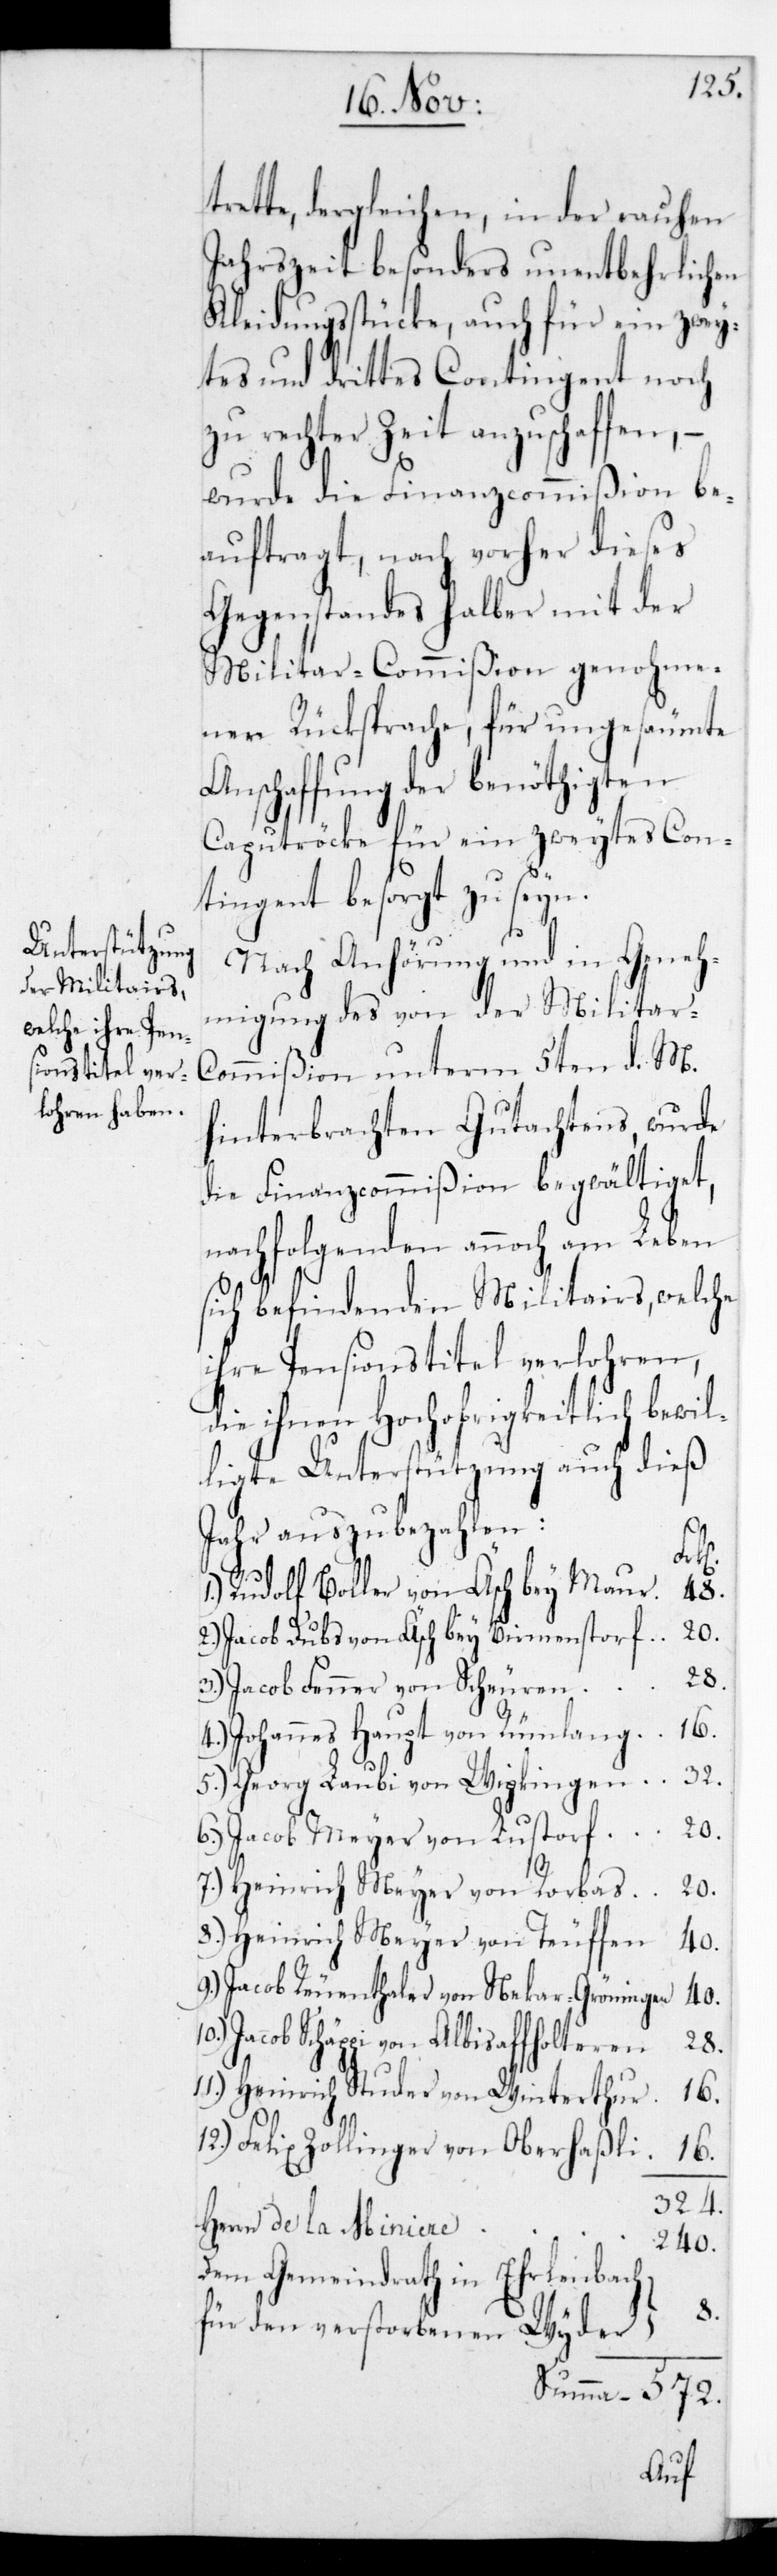
trette, dergleichen in der rauhen
Jahrszeit besonders unentbehrlichen
Kleidungsstücke, auch für ein zwey¬
tes und drittes Contingent noch
zu rechter Zeit anzuschaffen, –
wurde die Finanzcommißion be¬
auftragt, nach vorher dieses
Gegenstandes halber mit der
Militar-Commißion genohme¬
nen Rückfrage, für ungesäumte
Anschaffung der benöthigten
Caputröcke für ein zweytes Con¬
tingent besorgt zu seyn.
Nach Anhörung und in Geneh¬
migung des von der Militar-C¬
ommißion unterm 5ten d. M.
hinterbrachten Gutachtens, wurde
die Finanzcommißion begwältiget,
nachfolgenden annoch am Leben
sich befindenden Militairs, welche
ihre Pensionstitel verlohren,
die ihnen Hochobrigkeitlich bewil¬
ligte Unterstützung auch dieß
Jahr auszubezahlen:
Jac¬
1. Rudolf Boller von Äsch bey Maur		 48.
2. Jacob Dubs von Äsch bey Birmenstorf 	 20.
572.
3. Jacob Fenner von Scheuren
4. Johannes Haupt von Rümlang
5. Georg Laubi von Wipkingen 		 32.
6. Jacob Meyer von Lustdorf 		 20.
7. Heinrich Meyer von Rorbas 		 20.
8. Heinrich Meyer von Teuffen
9. Jacob Reuenthaler von Neckar-Gröningen 40.
ob Schäppi von Albisaffolteren
28.
11. Heinrich Studer von Winterthur
16.
12. Felix Zollinger von Oberhasli
16.
324.
Herrn de la Miniere
240.
Dem Gemeindrath in Ehrlenbach
8.
für den verstorbenen